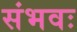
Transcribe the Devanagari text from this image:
संभवः